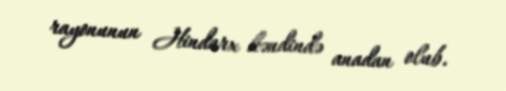
rayonunun Hindarx kəndində anadan olub.